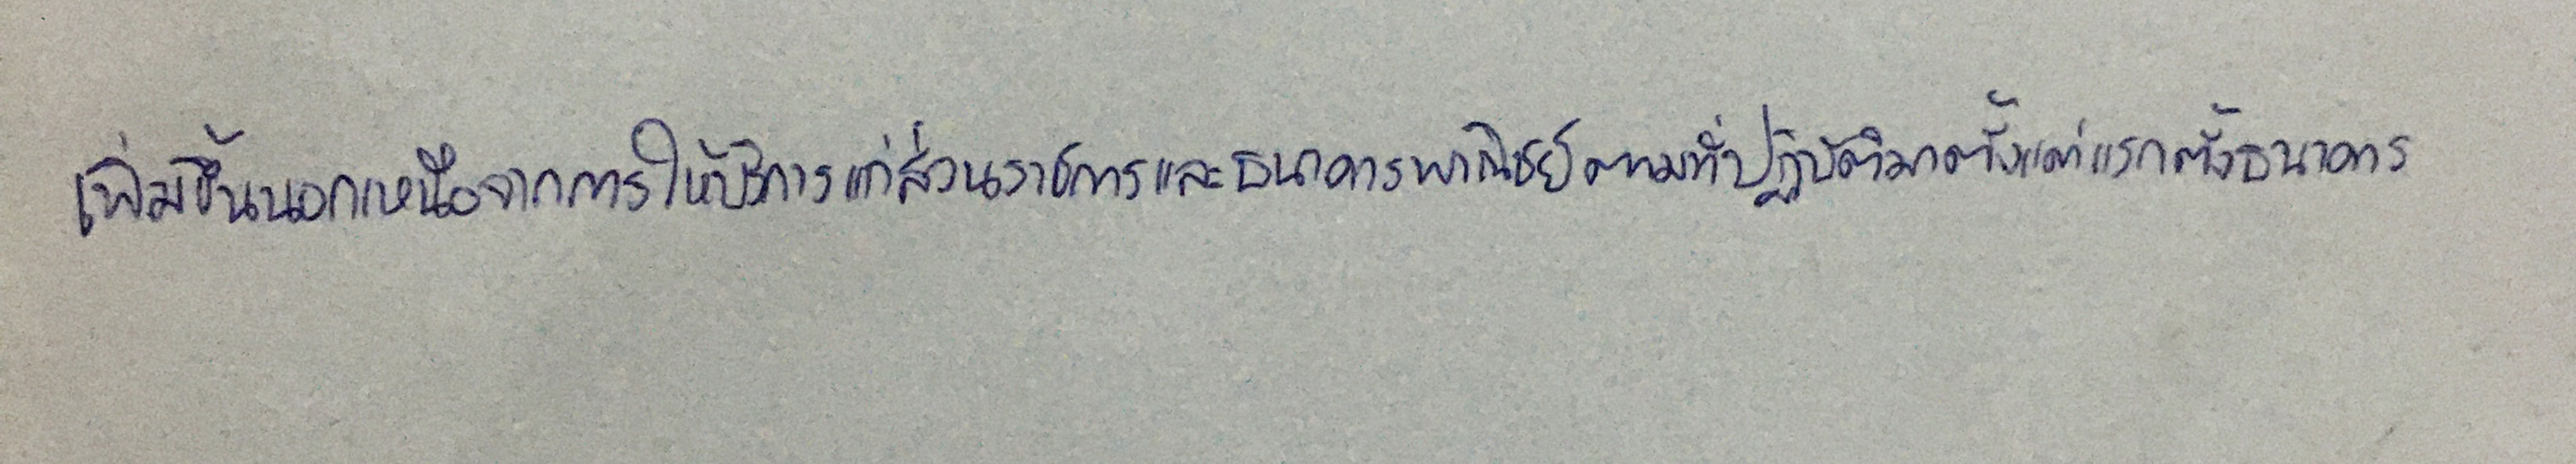
เพิ่มขึ้นนอกเหนือจากการให้บริการแก่ส่วนราชการและธนาคารพาณิชย์ตามที่ปฏิบัติมาตั้งแต่แรกตั้งธนาคาร